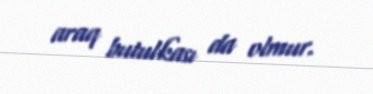
araq butulkası da olmur.